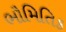
ભૌમિતિક